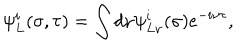
LaTeX: \psi _ { L } ^ { i } ( \sigma , \tau ) = \int d \nu \psi _ { L \nu } ^ { i } ( \sigma ) e ^ { - i \nu \tau } ,